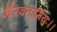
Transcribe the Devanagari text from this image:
भैरवतामियुः।।